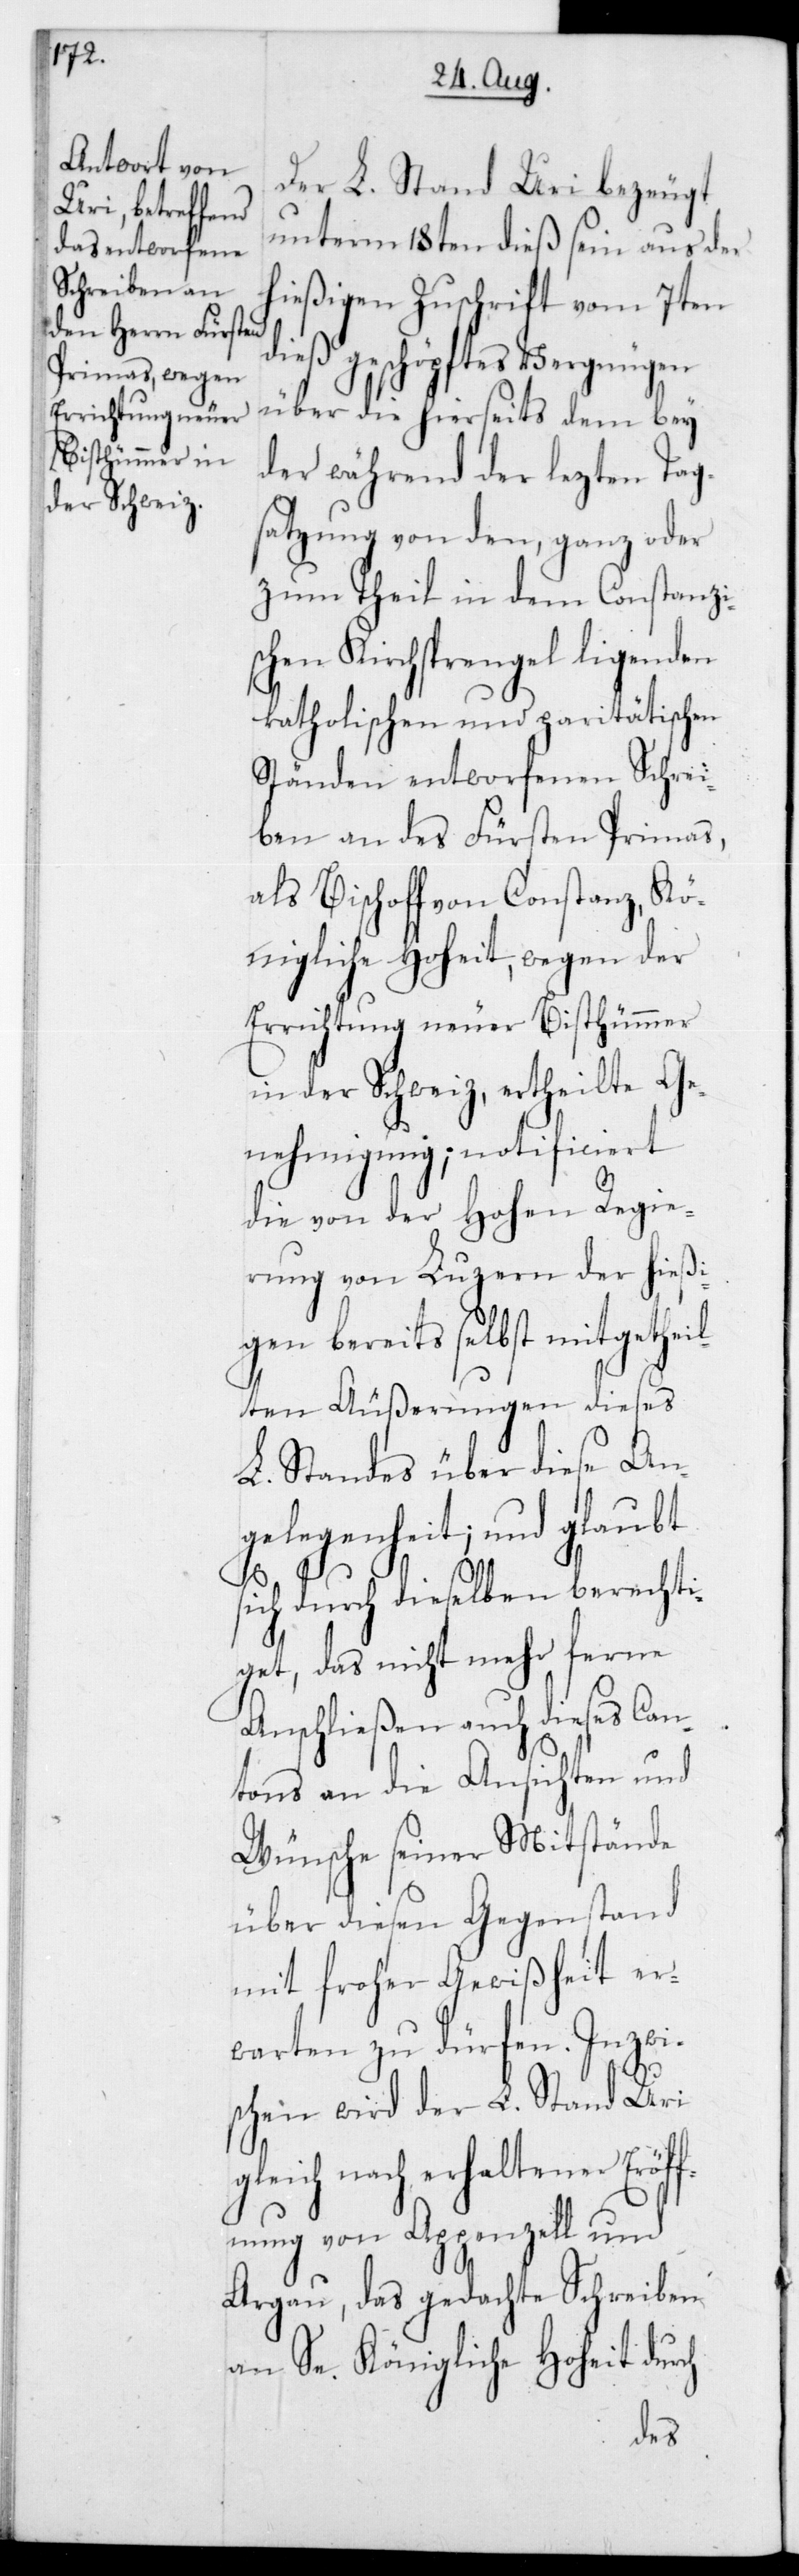
Der L. Stand Uri bezeugt
unterm 18ten dieß sein aus der
hießigen Zuschrift vom 7ten
dieß geschöpftes Vergnügen
über die hierseits dem bey
der während der lezten Tag¬
satzung von den, ganz oder
zum Theil in dem Constanzis¬
chen Kirchsprengel liegenden
katholischen und paritätischen
Ständen entworfenen Schrei¬
ben an des Fürsten Primas,
als Bischof von Constanz, Kö¬
nigliche Hoheit, wegen der
Errichtung neuer Bisthümmer
in der Schweiz, ertheilte Ge¬
nehmigung; notificiert
die von der Hohen Regie¬
rung von Luzern der hießi¬
gen bereits selbst mitgethei¬
lten Äußerungen dieses
L. Standes über diese Ang¬
elegenheit; und glaubt
sich durch dieselben berechti¬
get, das nicht mehr ferne
Anschließen auch dieses Can¬
tons an die Ansichten und
Wünsche seiner Mitstände
über diesen Gegenstand
mit froher Gewißheit er¬
warten zu dürfen. Inzwi¬
schen wird der L. Stand Uri
gleich nach erhaltener Eröff¬
nung von Appenzell und
Argau, das gedachte Schreiben
an Se. Königliche Hoheit durch